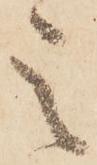
之